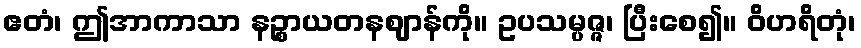
ဧတံ၊ ဤအာကာသာ နဉ္စာယတနဈာန်ကို။ ဥပသမ္ပဇ္ဇ၊ ပြီးစေ၍။ ဝိဟရိတုံ၊